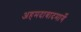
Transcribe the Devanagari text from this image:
अहमदाबादमार्गे